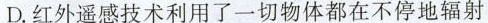
D.红外遥感技术利用了一切物体都在不停地辐射